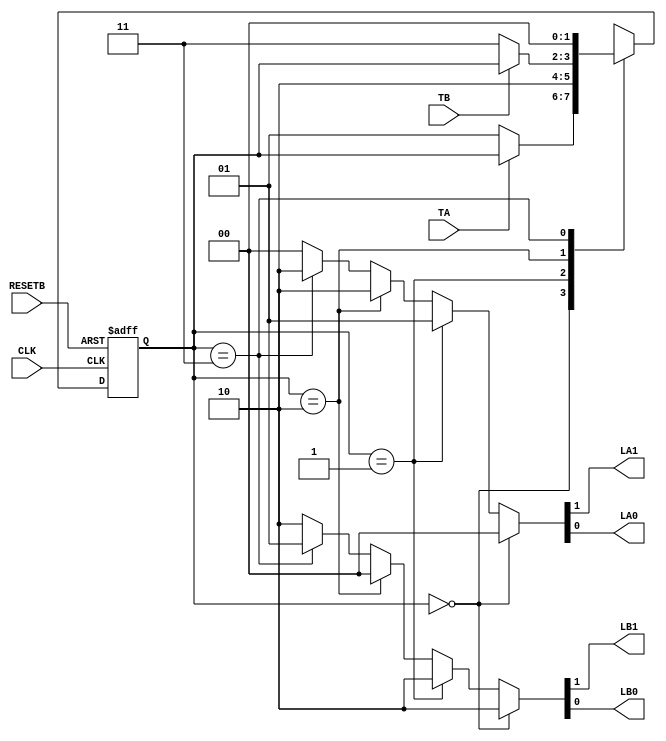
`define S0 2'b00
`define S1 2'b01
`define S2 2'b10
`define S3 2'b11

`define G   2'b00
`define Y   2'b01
`define R   2'b10   

module LIGHT(   CLK, RESETB,
                TA, TB, 
                LA1, LA0,
                LB1, LB0
);

input CLK, RESETB, TA, TB;

output LA1;
output LA0;
wire   [1:0] LA;
assign LA1 = LA[1];
assign LA0 = LA[0];


output LB1;
output LB0;  // nbit data -> bus structure
wire   [1:0] LB;
assign LB1 = LB[1];
assign LB0 = LB[0];

//  state
reg     [1:0]   S;
reg     [1:0]   NEXT_S;     //   

//  (1) next state generation
// assign NEXT_S[1] = S[1] ^ S[0];
// assign NEXT_S[0] = ( ~S[1] & ~S[0] & ~TA ) | ( S[1] & ~S[0] & ~TB );
always @ ( TA or TB or S )
        case ( S )
        `S0 :
            if( ~TA )
                NEXT_S  <= `S1;
            else
                NEXT_S  <= S;
        `S1 :
            NEXT_S  <= `S2;
        `S2 :
            if ( ~TB )
                NEXT_S  <= `S3;
            else  
                NEXT_S  <= S;
        `S3 :
            NEXT_S  <= `S0;
        
        endcase

//  (2) next state -> current state update, feedback 
always @( negedge RESETB or posedge CLK)
    if (~RESETB)             // when RESETB is 0, may be reset, synchronous system, asynchronous system.
        S <= 2'b00;
    else
        S <= NEXT_S;


//  (3) output stage, stable state start

/*
assign LA1 =  S[1];
assign LA0 = ~S[1] & S[0];
assign LB1 = ~S[1];
assign LB0 =  S[1] & S[0];
*/

assign LA = S == `S0 ? `G:
            S == `S1 ? `Y:
            S == `S2 ? `R:
            S == `S3 ? `R: `G;

assign LB = S == `S0 ? `R:
            S == `S1 ? `R:
            S == `S2 ? `G:
            S == `S3 ? `Y: `R;

endmodule